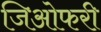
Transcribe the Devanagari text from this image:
जिओफरी